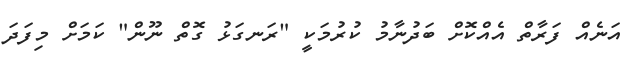
އަނެއް ފަރާތް އެއްކޮށް ބަދުނާމު ކުރުމަކީ "ރަނގަޅު ގޮތް ނޫން" ކަމަށް މިފަދަ